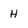
Character: H